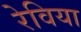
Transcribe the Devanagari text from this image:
रेविया